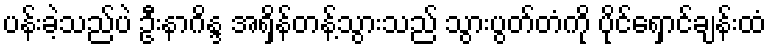
ပန်းခဲ့သည်ပဲ ဦးနာဂိန္ဒ အရှိန်တန့်သွားသည် သွားပွတ်တံကို ပိုင်ရှောင်ချန်းထံ